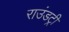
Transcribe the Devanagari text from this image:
राउंडट्री